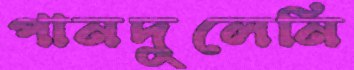
পানদুলেনি